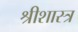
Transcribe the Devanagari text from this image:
श्रीशास्त्र